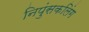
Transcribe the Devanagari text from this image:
निपुंसकलिंग